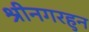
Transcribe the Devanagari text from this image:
श्रीनगरहुन